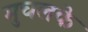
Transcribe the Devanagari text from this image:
मुचलके